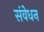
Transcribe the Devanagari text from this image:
संवेधन